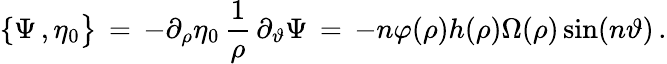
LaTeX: \{ \Psi\, ,\eta_{0}\bigr\} \, =\, -\partial_{\rho}\eta_{0}\, \frac{1}{\rho}\, \partial_{\vartheta}\Psi\, =\, -n\varphi(\rho)h(\rho)\Omega(\rho)\sin(n\vartheta)\, .